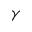
\gamma